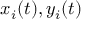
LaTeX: x _ { i } ( t ) , y _ { i } ( t )